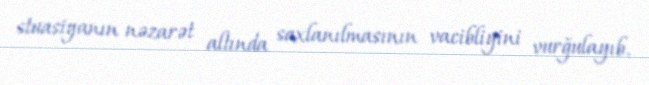
stuasiyanın nəzarət altında saxlanılmasının vacibliyini vurğulayıb.